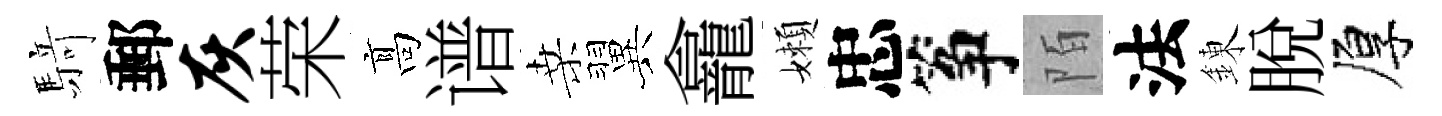
𮪍郵灰荣髙谱桑翼龕嬾忠筝陌法錬脱厚